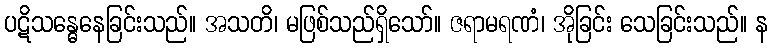
ပဋိသန္ဓေနေခြင်းသည်။ အသတိ၊ မဖြစ်သည်ရှိသော်။ ဇရာမရဏံ၊ အိုခြင်း သေခြင်းသည်။ န